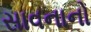
સાવનાનો